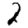
Digit: 2